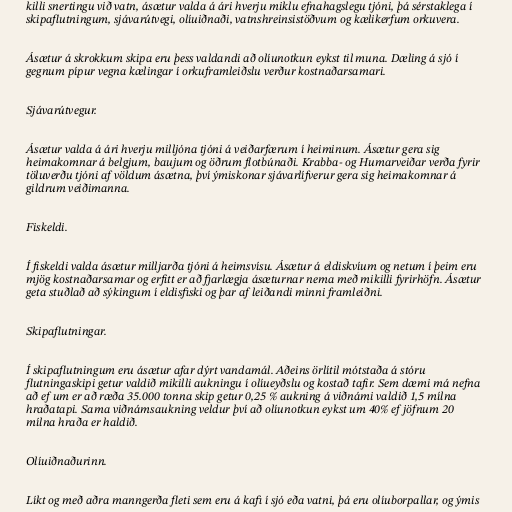
killi snertingu við vatn, ásætur valda á ári hverju miklu efnahagslegu tjóni, þá sérstaklega í
skipaflutningum, sjávarútvegi, olíuiðnaði, vatnshreinsistöðvum og kælikerfum orkuvera.

Ásætur á skrokkum skipa eru þess valdandi að olíunotkun eykst til muna. Dæling á sjó í
gegnum pípur vegna kælingar í orkuframleiðslu verður kostnaðarsamari.

Sjávarútvegur.

Ásætur valda á ári hverju milljóna tjóni á veiðarfærum í heiminum. Ásætur gera sig
heimakomnar á belgjum, baujum og öðrum flotbúnaði. Krabba- og Humarveiðar verða fyrir
töluverðu tjóni af völdum ásætna, því ýmiskonar sjávarlífverur gera sig heimakomnar á
gildrum veiðimanna.

Fiskeldi.

Í fiskeldi valda ásætur milljarða tjóni á heimsvísu. Ásætur á eldiskvíum og netum í þeim eru
mjög kostnaðarsamar og erfitt er að fjarlægja ásæturnar nema með mikilli fyrirhöfn. Ásætur
geta stuðlað að sýkingum í eldisfiski og þar af leiðandi minni framleiðni.

Skipaflutningar.

Í skipaflutningum eru ásætur afar dýrt vandamál. Aðeins örlítil mótstaða á stóru
flutningaskipi getur valdið mikilli aukningu í olíueyðslu og kostað tafir. Sem dæmi má nefna
að ef um er að ræða 35.000 tonna skip getur 0,25 % aukning á viðnámi valdið 1,5 mílna
hraðatapi. Sama viðnámsaukning veldur því að olíunotkun eykst um 40% ef jöfnum 20
mílna hraða er haldið.

Olíuiðnaðurinn.

Líkt og með aðra manngerða fleti sem eru á kafi í sjó eða vatni, þá eru olíuborpallar, og ýmis